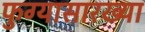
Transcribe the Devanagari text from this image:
फुग्यासारख्या